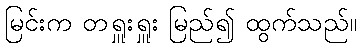
မြင်းက တရှူးရှူး မြည်၍ ထွက်သည်။